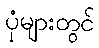
ပုံများတွင်